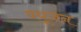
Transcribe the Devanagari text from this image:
वधूजन